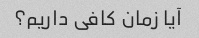
آیا زمان کافی داریم؟